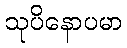
သုပိနောပမာ